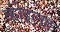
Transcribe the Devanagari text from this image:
कोइलह